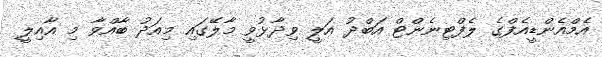
އެމްއެންޑީއެފްގެ ލެފްޓިނެންޓް އަބްދު އަލީ ވިދާޅުވީ މާލޭގައި މިއަދު ބާއްވާ މި އާއިލީ